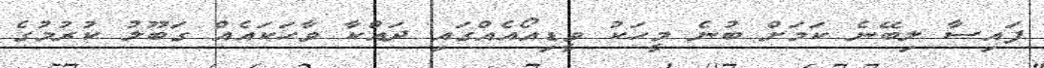
ފައިސާ ލިބޭނެ ކަމަށް ބުނެ މީހަކު ވީޑިއޯއެއްގައި ދައްކާ ވާހަކައެއް ގަބޫލު ކުރުމުގެ